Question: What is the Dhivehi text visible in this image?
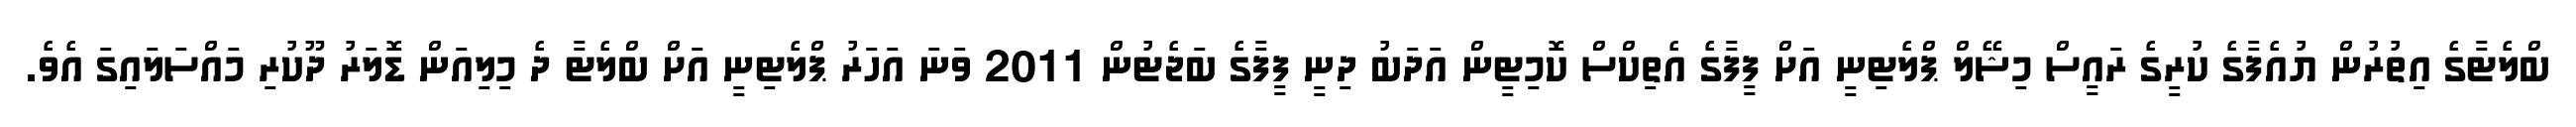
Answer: ބްލެޓާގެ އިތުރުން ޔުއެފާގެ ކުރީގެ ރައީސް މިޝޭލް ޕްލެޓިނީ އަށް ފީފާގެ އެތިކްސް ކޮމިޓީން އަދަބު ދިނީ ފީފާގެ ބަޖެޓުން 2011 ވަނަ އަހަރު ޕްލެޓިނީ އަށް ބްލެޓާ ދެ މިލިއަން ޑޮލަރު ދޫކުރި މައްސަލައިގަ އެވެ.